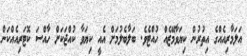
އަލަމާރިއެއްގެ އިތުރުން ކިޔަވާމޭޒެއް ހުއްޓެވެ. ބަލާބެލުމަށް އެއީ ކިޔަވާ ކުއްޖަކަށް ހާއްސަ ކޮޓަރިއެއްކަން